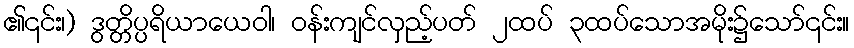
၏၎င်း၊) ဒွတ္တိပ္ပရိယာယေဝါ၊ ဝန်းကျင်လှည့်ပတ် ၂ထပ် ၃ထပ်သောအမိုး၌သော်၎င်း။